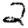
Digit: 2